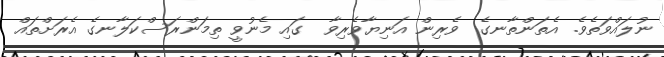
ނުލައްވަތެވެ. އެތަންތާނގެ  ވެރިން އަނިޔާވެރިވާ  ގައި މެނުވީ ތިމަންރަސްކަލާނގެ އެރަށްތައް